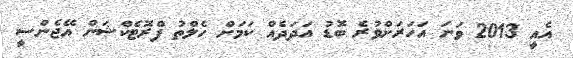
އެއީ 2013 ވަނަ އަހަރަށްވުރެ ބޮޑު އަދަދެއް ކަމަށް ހެލްތު ޕްރޮޓެކްޝަން އޭޖެންސީ